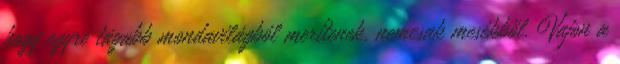
hogy egyre tágabb mondavilágból merítenek, nemcsak mesékből. Vajon a